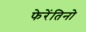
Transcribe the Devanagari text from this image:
फेरेंतिनो